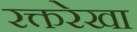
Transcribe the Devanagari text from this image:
रक्तरेखा